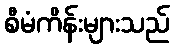
စီမံကိန်းများသည်